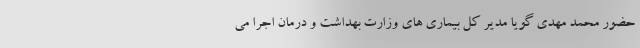
حضور محمد مهدی گویا مدیر کل بیماری های وزارت بهداشت و درمان اجرا می